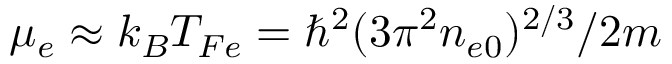
\mu _ { e } \approx k _ { B } T _ { F e } = \hbar ^ { 2 } ( 3 \pi ^ { 2 } n _ { e 0 } ) ^ { 2 / 3 } / 2 m